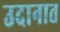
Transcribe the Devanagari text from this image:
उदानात